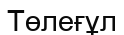
Төлеғұл